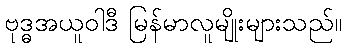
ဗုဒ္ဓအယူဝါဒီ မြန်မာလူမျိုးများသည်။